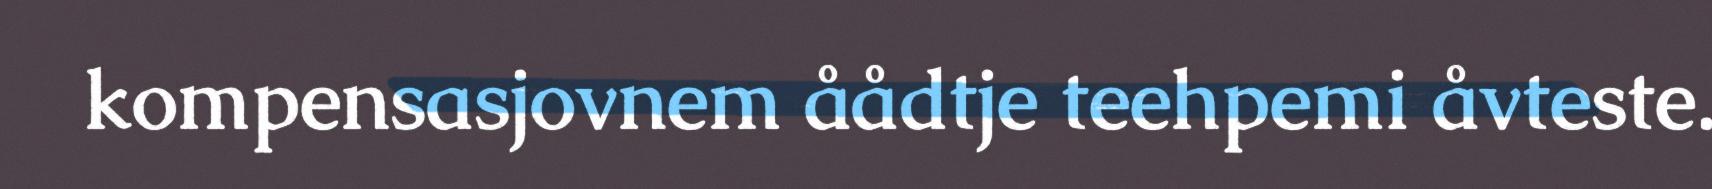
kompensasjovnem åådtje teehpemi åvteste.